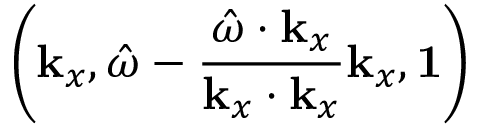
\left( \mathbf { k } _ { x } , \hat { \omega } - \frac { \hat { \omega } \cdot \mathbf { k } _ { x } } { \mathbf { k } _ { x } \cdot \mathbf { k } _ { x } } \mathbf { k } _ { x } , \mathbf { 1 } \right)